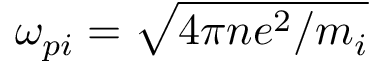
\omega _ { p i } = \sqrt { 4 \pi n e ^ { 2 } / m _ { i } }